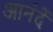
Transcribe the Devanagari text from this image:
आनंदें